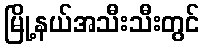
မြို့နယ်အသီးသီးတွင်